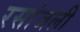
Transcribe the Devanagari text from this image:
रसांजली